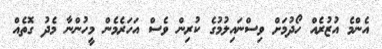
އެންމެ އުޒުރެއް ހޯދުމަށް ވިސްނައިލުމުގެ ކުރިން ވެސް އަހަރެމެން މީހުންނާ މެދު ގޮތެއް